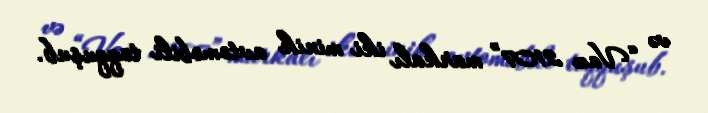
və “Vaz 2107” markalı iki minik avtomobili toqquşub.